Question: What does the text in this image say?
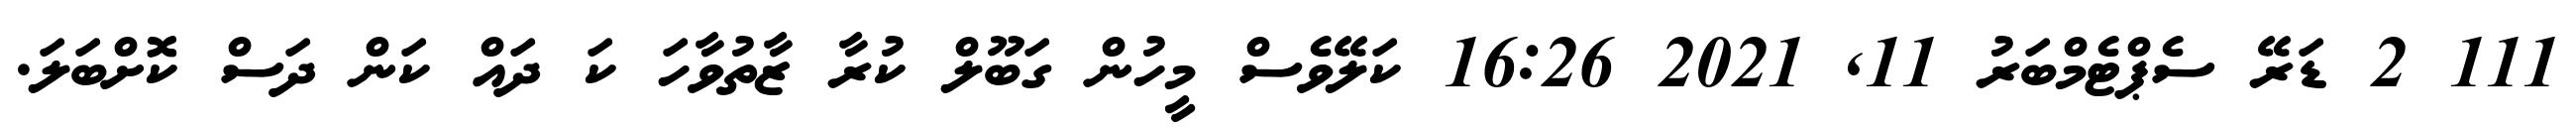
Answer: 111 2 ޑަރޭ ސެޕްޓެމްބަރު 11, 2021 16:26 ކަލޭވެސް މީހުން ގަބޫލް ކުރާ ޒާތުވާހަ ކަ ދައް ކަން ދަސް ކޮށްބަލަ.